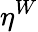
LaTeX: \eta^{W}